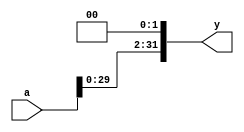
module sl2 (input [31:0] a, output [31:0] y);
// shift left by 2
assign y = a<<2;
endmodule